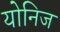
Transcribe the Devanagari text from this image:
योनिज